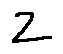
z